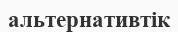
альтернативтік